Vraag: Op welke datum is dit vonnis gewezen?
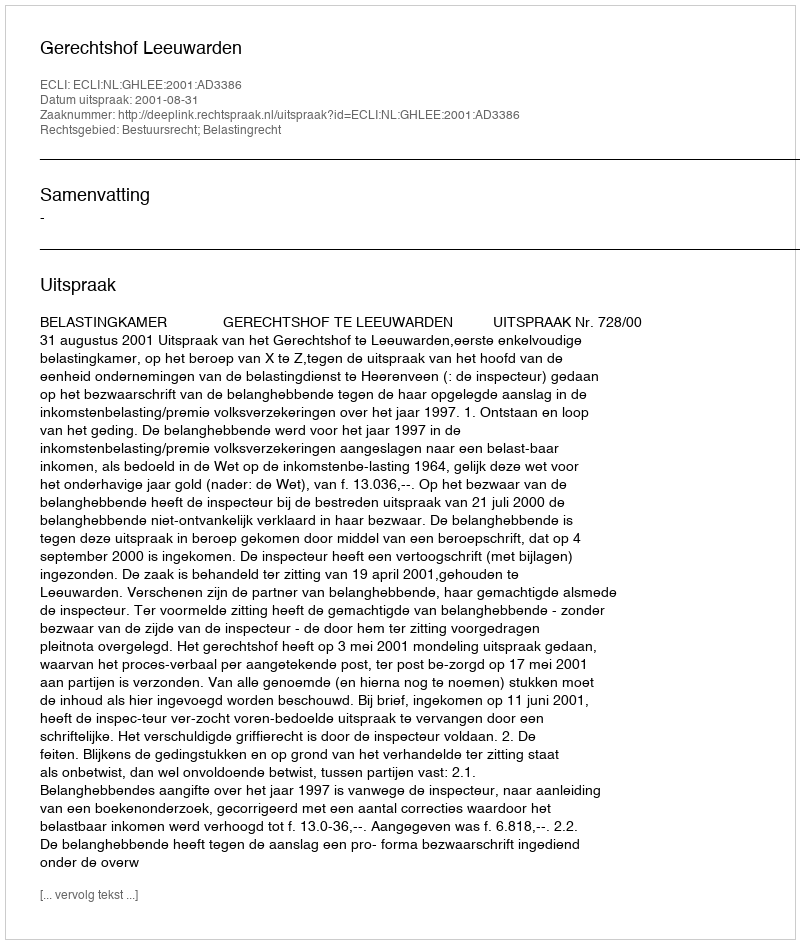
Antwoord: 2001-08-31